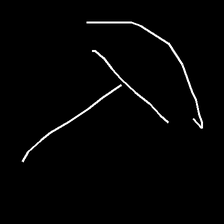
Glyph: dispersion